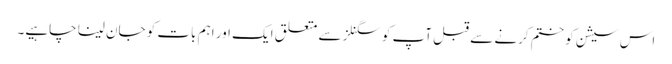
اس سیشن کو ختم کرنے سے قبل آپ کو سگنلز سے متعلق ایک اور اہم بات کو جان لینا چاہیے۔